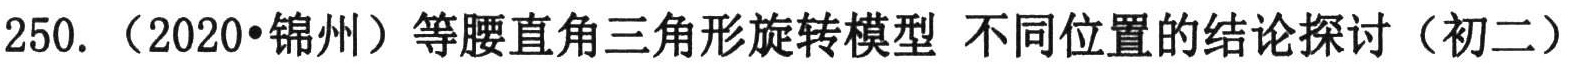
250. （2020•锦州）等腰直角三角形旋转模型 不同位置的结论探讨（初二）